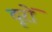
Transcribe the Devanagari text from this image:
दूरों